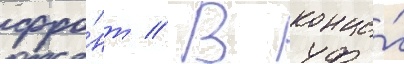
фро́нт // В конце́